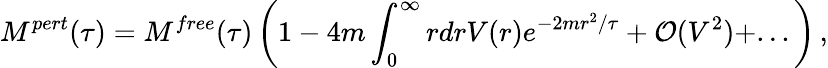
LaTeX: M^{pert}(\tau)=M^{free}(\tau)\left(1-4m\int_{0}^{\infty}rdrV(r)e^{-2mr^{2}/\tau}+\mathcal{O}(V^{2})+...\right)\, ,